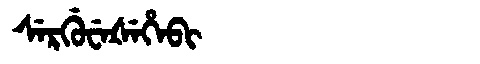
Manchu: ᠰᡝᡵᡤᡠᠸᡝᡧᡝᡥᡝᠪᡳ
Romanization: SERGUWEŠEHEBI